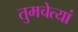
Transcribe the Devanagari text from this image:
तुमचेत्यां